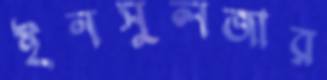
ইনসুলজার